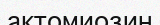
актомиозин